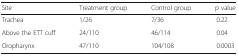
<table><thead><tr><td><b>Site</b></td><td><b>Treatment group</b></td><td><b>Control group</b></td><td><b>p value</b></td></tr></thead><tbody><tr><td>Trachea</td><td>1/26</td><td>7/36</td><td>0.22</td></tr><tr><td>Above the ETT cuff</td><td>24/110</td><td>46/114</td><td>0.04</td></tr><tr><td>Oropharynx</td><td>47/110</td><td>104/108</td><td>0.0003</td></tr></tbody></table>